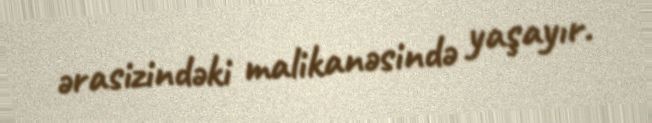
ərasizindəki malikanəsində yaşayır.